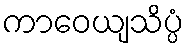
ကာဝေယျသိပ္ပံ